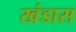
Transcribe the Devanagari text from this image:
खंडास